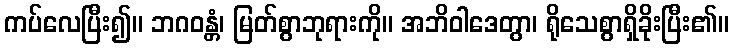
ကပ်လေပြီး၍။ ဘဂဝန္တံ၊ မြတ်စွာဘုရားကို။ အဘိဝါဒေတွာ၊ ရိုသေစွာရှိခိုးပြီး၏။